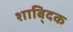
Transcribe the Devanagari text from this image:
शाबि्दक